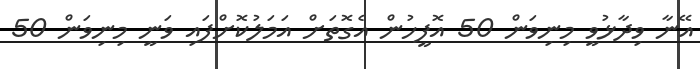
އޭނާ ވިދާޅުވީ މިނިވަން 50 އޮފީހުން އެގޮތަށް އަމަލުކޮށްފައި ވަނީ މިނިވަން 50